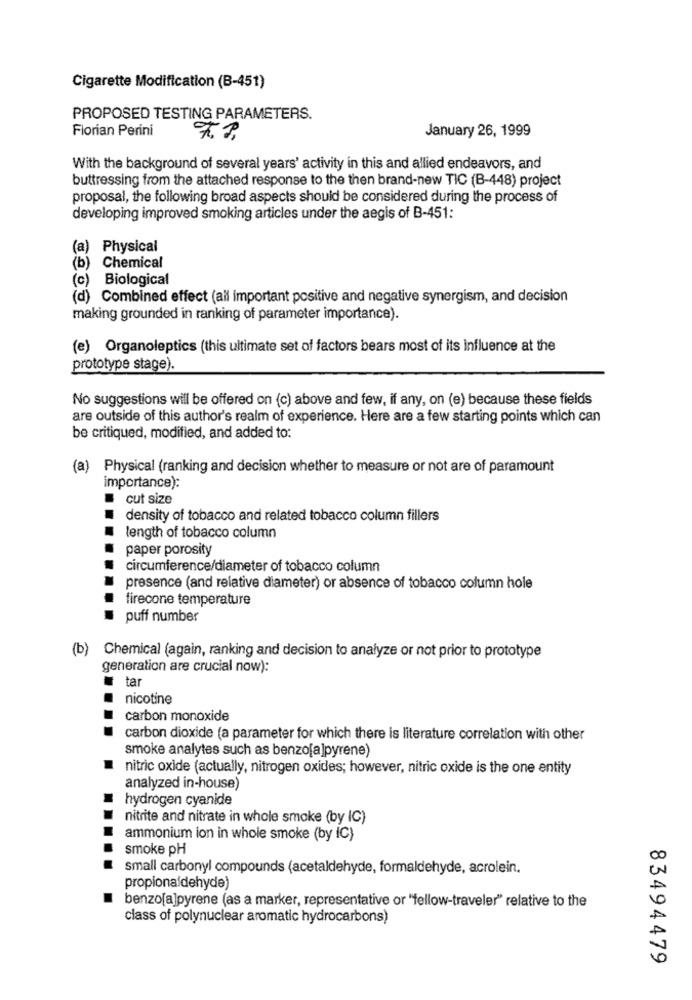
Cigarette Modification (B-451)
PROPOSED TESTING PARAMETERS.
Florian Perini
January 26, 1999
With the background of several years' activity in this and allied endeavors, and
buttressing from the attached response to the then brand-new TIC (B-448) project
proposal, the following broad aspects should be considered during the process of
developing improved smoking articles under the aegis of B-451:
(a) Physical
(b) Chemical
(c)
Biological
(d) Combined effect (all important positive and negative synergism, and decision
making grounded in ranking of parameter importance).
(e) Organoleptics (this ultimate set of factors bears most of its influence at the
prototype stage).
No suggestions will be offered on (c) above and few, if any, on (e) because these fields
are outside of this author's realm of experience. Here are a few starting points which can
be critiqued, modified, and added to:
(a) Physical (ranking and decision whether to measure or not are of paramount
importance):
cut size
density of tobacco and related tobacco column fillers
length of tobacco column
paper porosity
circumference/diameter of tobacco column
presence (and relative diameter) or absence of tobacco column hole
firecone temperature
puff number
(b) Chemical (again, ranking and decision to analyze or not prior to prototype
generation are crucial now):
# tar
nicotine
carbon monoxide
carbon dioxide (a parameter for which there is literature correlation with other
smoke analytes such as benzo[a]pyrene)
nitric oxide (actually, nitrogen oxides; however, nitric oxide is the one entity
analyzed in-house)
hydrogen cyanide
nitrite and nitrate in whole smoke (by IC)
ammonium ion in whole smoke (by IC}
smoke pH
small carbonyl compounds (acetaldehyde, formaldehyde, acrolein.
propionaldehyde)
benzo[a]pyrene (as a marker, representative or "fellow-traveler" relative to the
class of polynuclear aromatic hydrocarbons)
83494479